Annual report of the Punjab Veterinary College and of the Civil Veterinary Department, Punjab - 1920-1925
Year: 1920
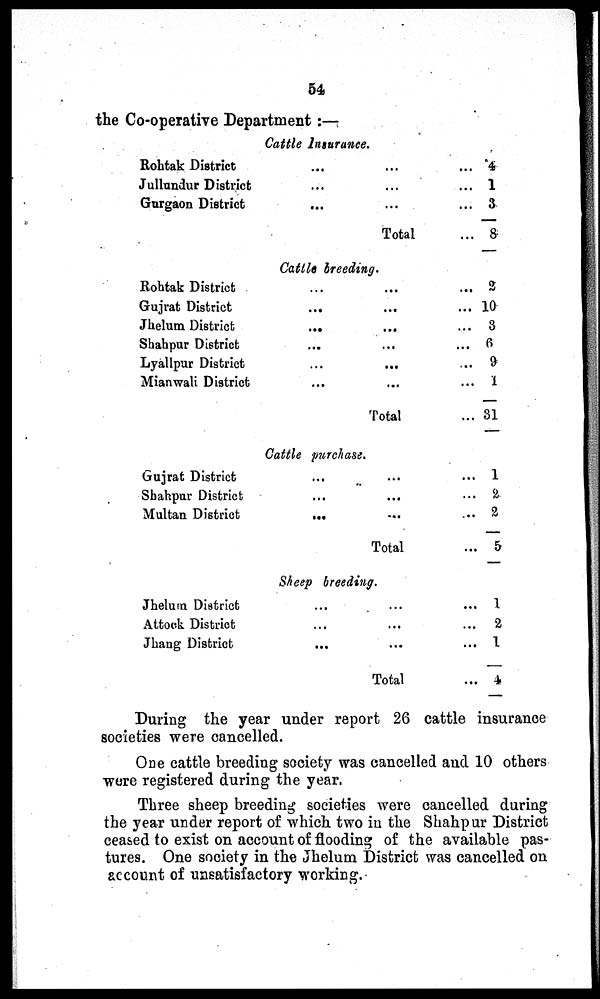
54
the Co-operative Department :—
Cattle Insurance.
Rohtak District
Jullundur District
Gurgaon District
...
...
...
...
...
...
Total
...
...
...
...
4
1
3
8
Cattle breeding.
Rohtak District
Gujrat District
Jhelum District
Shahpur District
Lyallpur District
Mianwali District
...
...
...
...
...
...
...
...
...
...
...
...
Total
...
...
...
...
...
...
...
2
10
3
6
9
1
31
Cattle purchase.
Gujrat District
Shahpur District
Multan District
...
...
...
...
...
...
Total
...
...
...
...
1
2
2
5
Sheep breeding.
Jhelum District
Attock District
Jhang District
...
...
...
...
...
...
Total
...
...
...
...
1
2
1
4
During the year under report 26 cattle insurance
societies were cancelled.
One cattle breeding society was cancelled and 10 others
were registered during the year.
Three sheep breeding societies were cancelled during
the year under report of which two in the Shahpur District
ceased to exist on account of flooding of the available pas-
tures. One society in the Jhelum District was cancelled on
account of unsatisfactory working.